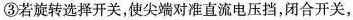
③若旋转选择开关，使尖端对准直流电压挡，闭合开关，